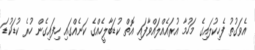
އެވަގުތު ފެހިކުލައިގެ މަހުމާ އުރައެއްލައްވާފައި އޮތް ކުޑަބާލީހެއްގެ ކަނެއްގައި ހިފައިގެން ހުރެ ކުޑަކުޑަ